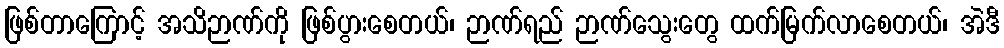
ဖြစ်တာကြောင့် အသိဉာဏ်ကို ဖြစ်ပွားစေတယ်၊ ဉာဏ်ရည် ဉာဏ်သွေးတွေ ထက်မြက်လာစေတယ်၊ အဲဒီ